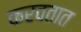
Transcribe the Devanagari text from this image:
करवतात